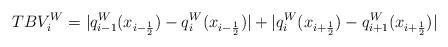
LaTeX: \begin{align*}TBV_{i}^{W}=|q^{W}_{i-1}(x_{i-\frac{1}{2}})-q^{W}_{i}(x_{i-\frac{1}{2}})|+|q^{W}_{i}(x_{i+\frac{1}{2}})-q^{W}_{i+1}(x_{i+\frac{1}{2}})|\end{align*}